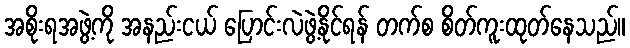
အစိုးရအဖွဲ့ကို အနည်းငယ် ပြောင်းလဲဖွဲ့နိုင်ရန် တက်စ စိတ်ကူးထုတ်နေသည်။